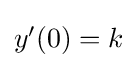
{\textstyle y^{\prime }(0)=k}